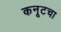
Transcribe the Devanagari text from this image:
कनूटचा